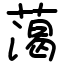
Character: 䔽